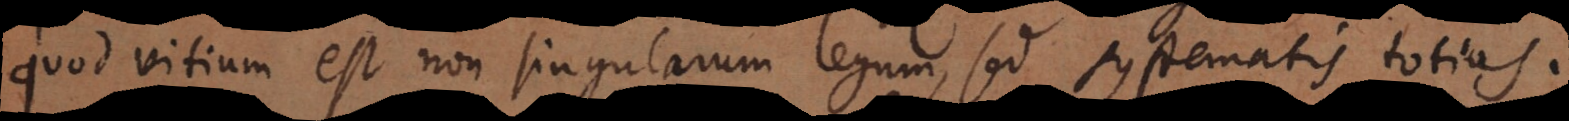
quod vitium est non singularum legum, sed systematis totius.